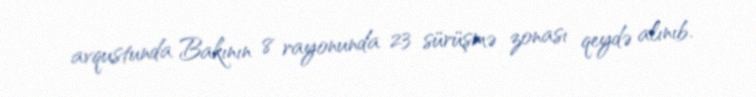
avqustunda Bakının 8 rayonunda 23 sürüşmə zonası qeydə alınıb.